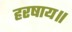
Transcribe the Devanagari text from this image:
हरषाय॥